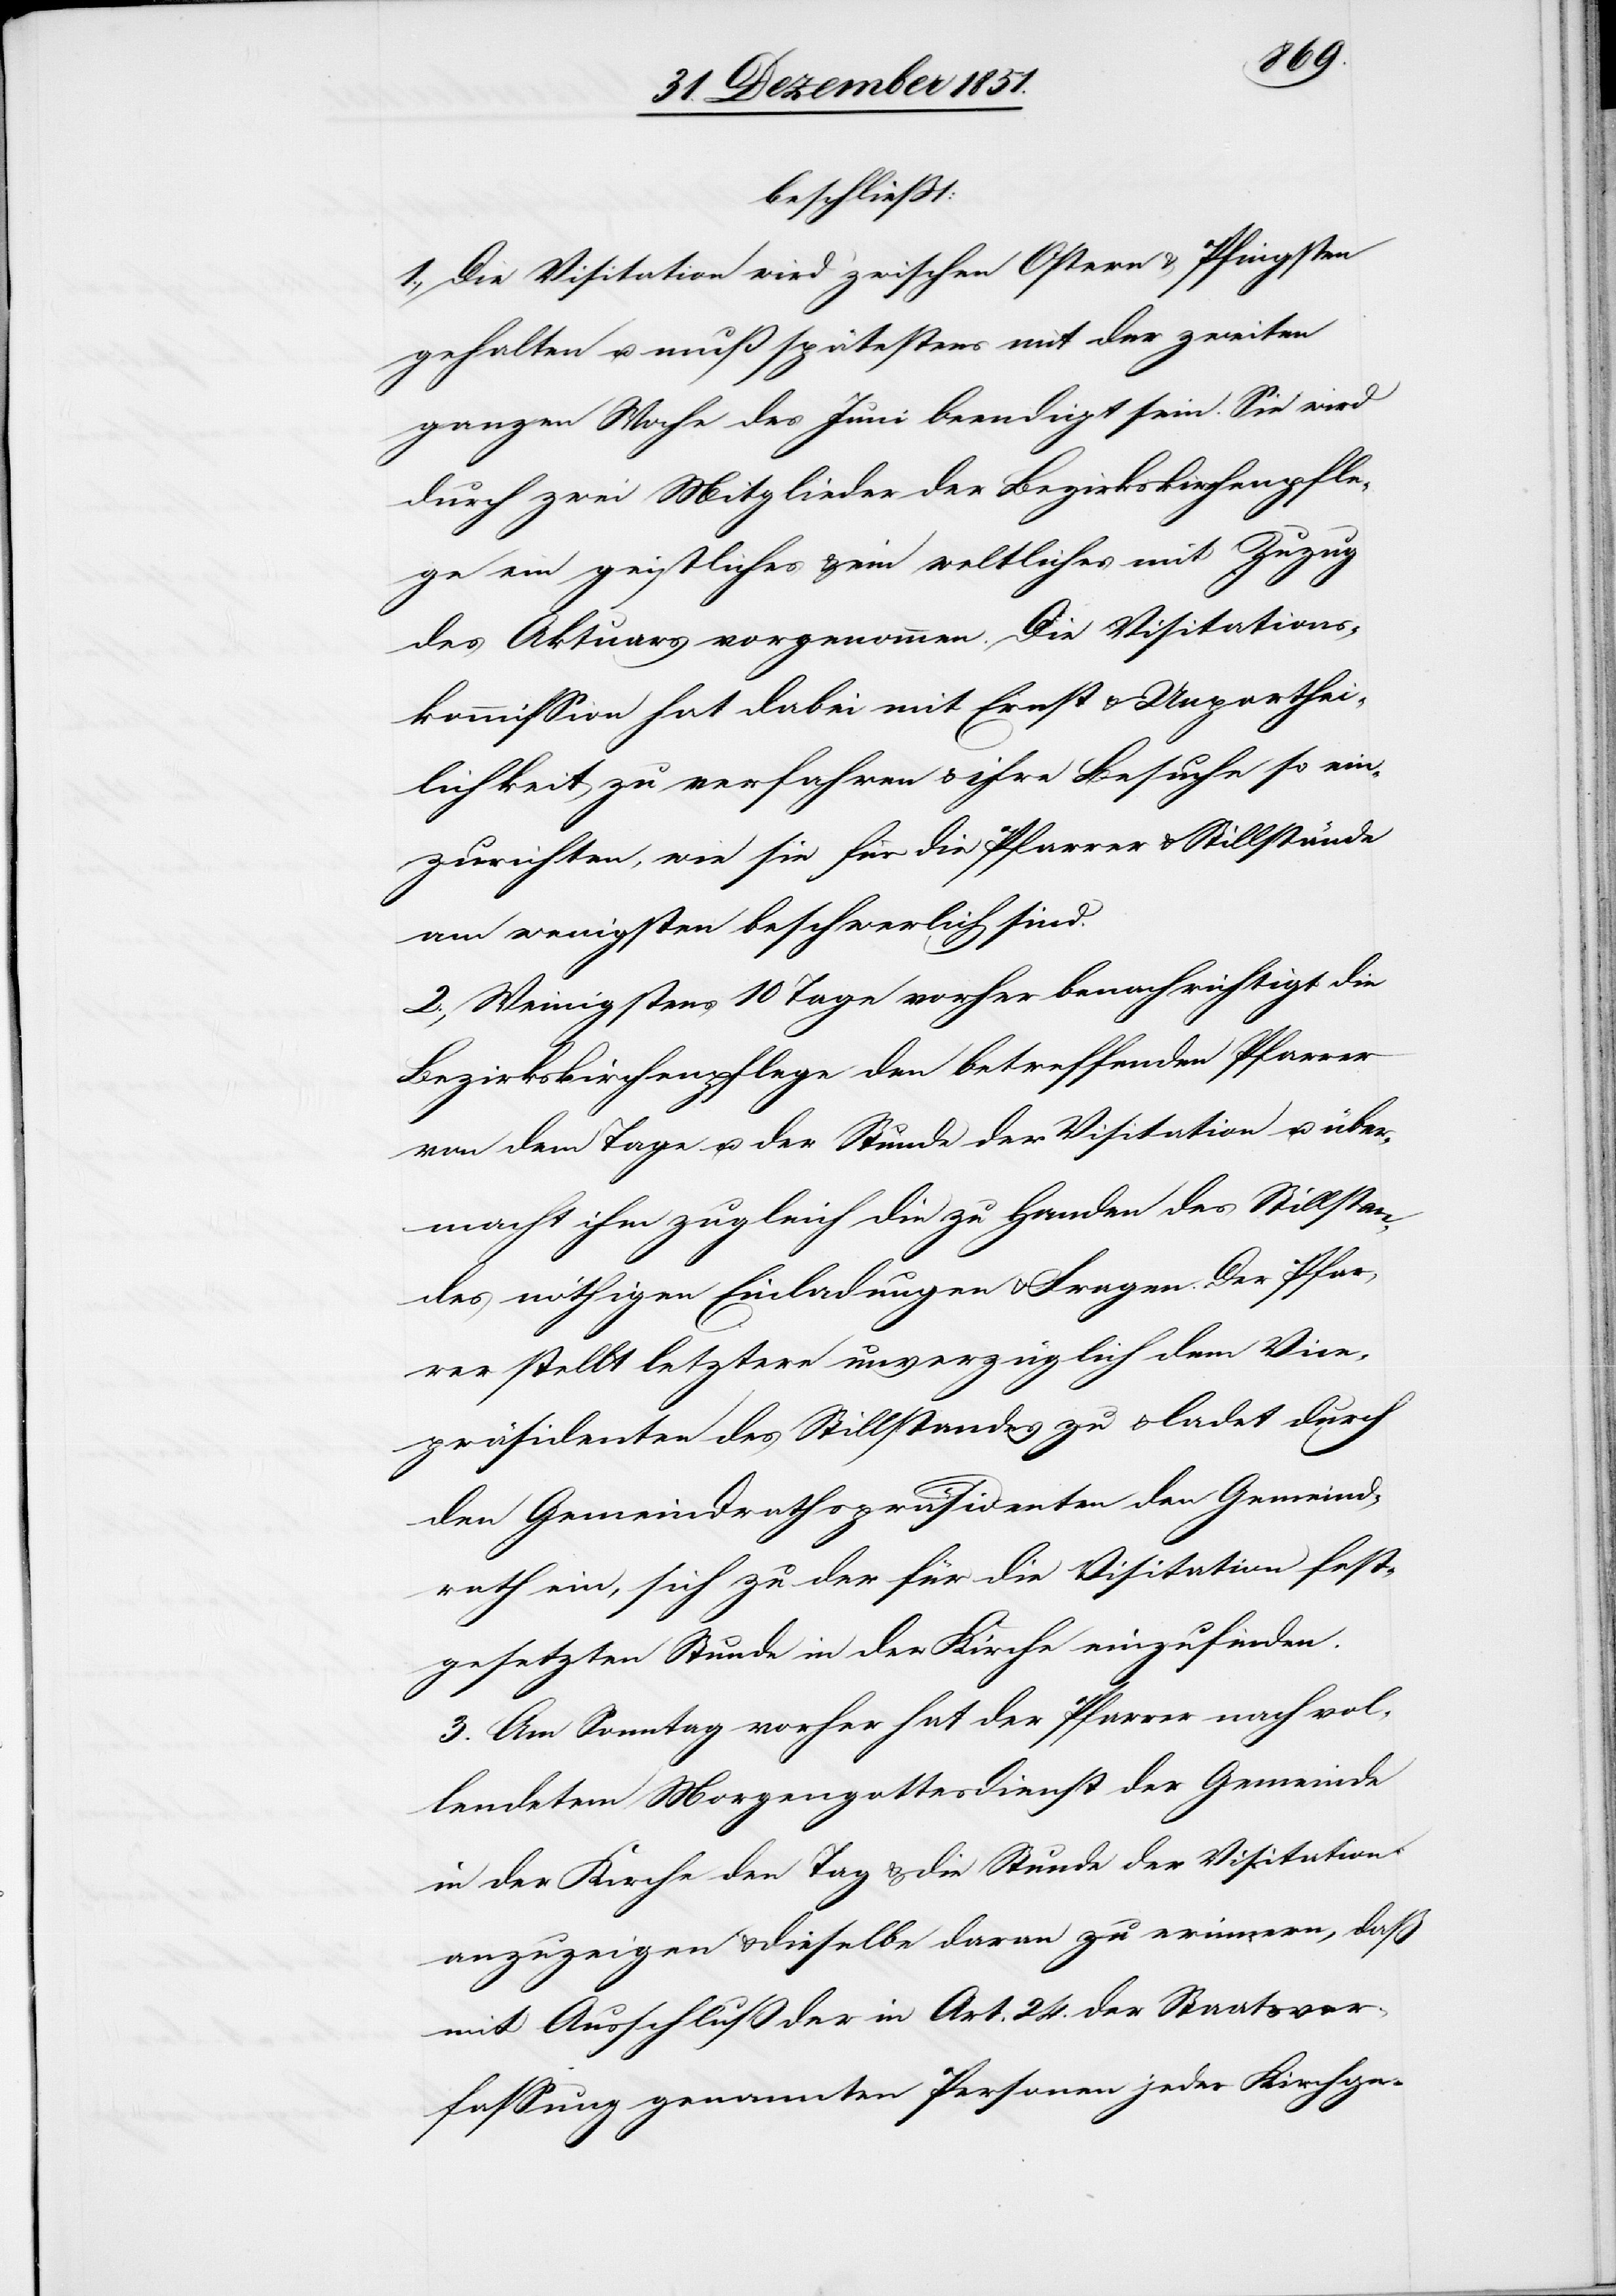
beschließt:
1., Die Visitation wird zwischen Ostern & Pfingsten
gehalten u. muß spätestens mit der zweiten
ganzen Woche des Juni beendigt sein. Sie wird
durch zwei Mitglieder der Bezirkskirchenpfle¬
ge ein geistliches & ein weltliches mit Zuzug
des Aktuars vorgenommen. Die Visitations¬
kommission hat dabei mit Ernst & Unparthei¬
lichkeit zu verfahren & ihre Besuche so ein¬
zurichten, wie sie für die Pfarrer & Stillstände
am wenigsten beschwerlich sind.
2., Wenigstens 10 Tage vorher benachrichtigt die
Bezirkskirchenpflege den betreffenden Pfarrer
von dem Tage u. der Stunde der Visitation u. über¬
macht ihm zugleich die zu Handen des Stillstan¬
des nöthigen Einladungen & Fragen. Der Pfar¬
rer stellt letztere unverzüglich dem Vice¬
präsidenten des Stillstandes zu & ladet durch
den Gemeindrathspräsidenten den Gemeind¬
rath ein, sich zu der für die Visitation fest¬
gesetzten Stunde in der Kirche einzufinden.
3. Am Sonntag vorher hat der Pfarrer nach vol¬
lendetem Morgengottesdienst der Gemeinde
in der Kirche den Tag & die Stunde der Visitation
anzuzeigen & dieselbe daran zu erinnern, daß
mit Ausschluß der in Art. 24. der Staatsver¬
fassung genannten Personen jeder Kirchge-